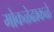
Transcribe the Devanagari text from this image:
मोकळेढाकळे